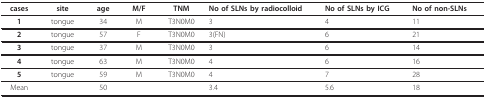
<table><thead><tr><td><b>cases</b></td><td><b>site</b></td><td><b>age</b></td><td><b>M/F</b></td><td><b>TNM</b></td><td><b>No of SLNs by radiocolloid</b></td><td><b>No of SLNs by ICG</b></td><td><b>No of non-SLNs</b></td></tr></thead><tbody><tr><td><b>1</b></td><td>tongue</td><td>34</td><td>M</td><td>T3N0M0</td><td>3</td><td>4</td><td>11</td></tr><tr><td><b>2</b></td><td>tongue</td><td>57</td><td>F</td><td>T3N0M0</td><td>3(FN)</td><td>6</td><td>21</td></tr><tr><td><b>3</b></td><td>tongue</td><td>37</td><td>M</td><td>T3N0M0</td><td>3</td><td>6</td><td>14</td></tr><tr><td><b>4</b></td><td>tongue</td><td>63</td><td>M</td><td>T3N0M0</td><td>4</td><td>6</td><td>16</td></tr><tr><td><b>5</b></td><td>tongue</td><td>59</td><td>M</td><td>T3N0M0</td><td>4</td><td>7</td><td>28</td></tr><tr><td>Mean</td><td></td><td>50</td><td></td><td></td><td>3.4</td><td>5.6</td><td>18</td></tr></tbody></table>